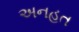
અનહત